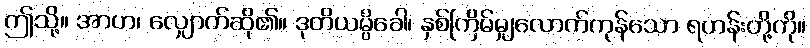
ဤသို့။ အာဟ၊ လျှောက်ဆို၏။ ဒုတိယမ္ပိခေါ၊ နှစ်ကြိမ်မျှလောက်ကုန်သော ရဟန်းတို့ကို။